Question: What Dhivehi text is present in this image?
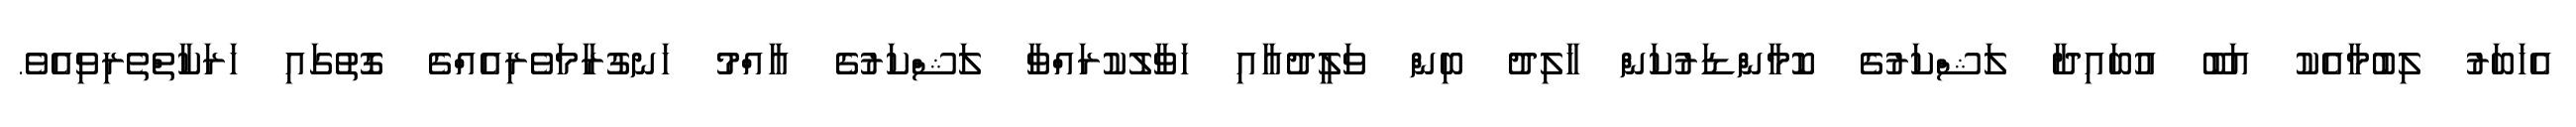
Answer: އެޚަބަރު ލިބުމާއެކު އަބޫ އުބައިދާ ލަޝްކަރުގެ ކޮމާންޑަރުކަން ޚާލިދު ބިން ވަލީދުއާއި ހަވާލުކުރައްވާ ލަޝްކަރުގެ އާއްމު ހަނގުރާމަވެރިއެއްގެ ގޮތުގައި ހަރަކާތްތެރިވިއެވެ.